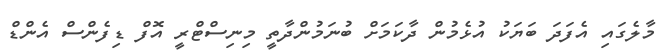
މާލެގައި އެފަދަ ބަޔަކު އުޅެމުން ދާކަމަށް ބުނަމުންދާތީ މިނިސްޓްރީ އޮފް ޑިފެންސް އެންޑް